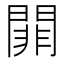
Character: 𨵈